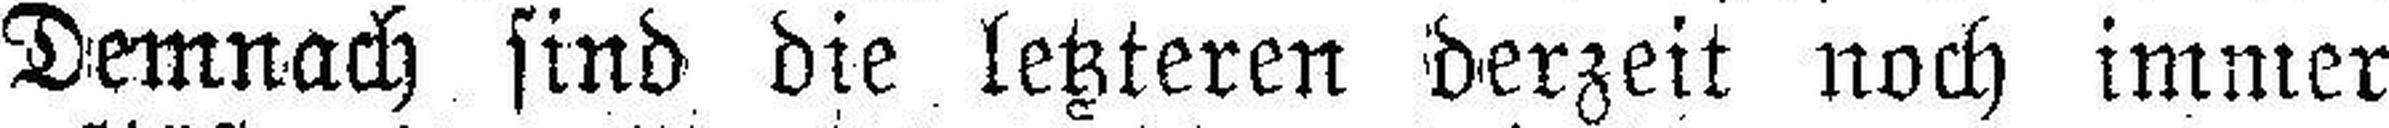
Demnach sind die letzteren derzeit noch immer